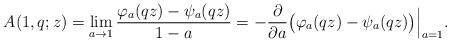
LaTeX: \begin{align*}A(1,q;z)=\lim_{a\rightarrow1}\frac{\varphi_{a}(qz)-\psi_{a}(qz)}{1-a}=-\frac{\partial}{\partial a}\big(\varphi_{a}(qz)-\psi_{a}(qz)\big)\Big|_{a=1}.\end{align*}